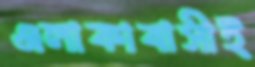
এলাকাবাসীই